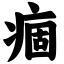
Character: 痼